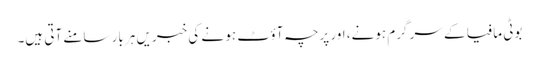
بوٹی مافیا کے سر گرم ہونے، اور پرچہ آؤٹ ہو نے کی خبریں ہر بار سامنے آتی ہیں۔